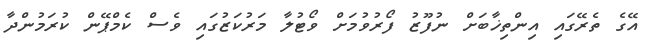
އޭގެ ތެރޭގައި އިންތިޚާބަށް ނުފޫޒު ފޯރުވުމަށް ވޯޓުލާ މަރުކަޒުގައި ވެސް ކެމްޕޭން ކުރަމުންދާ